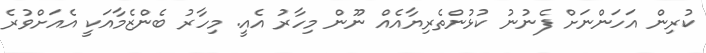
ކުރިން އަހަންނަށް ފެނުނު ކުޅުންތެރިޔާއެއް ނޫން މިހާރު އެއީ. މިހާރު ބެންޒެމާއަކީ އެއަށްވުރެ